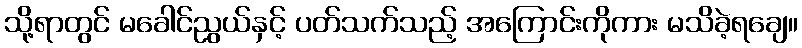
သို့ရာတွင် မခေါင်ညွယ်နှင့် ပတ်သက်သည့် အကြောင်းကိုကား မသိခဲ့ရချေ။